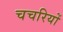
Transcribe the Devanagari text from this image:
चचरियों